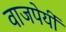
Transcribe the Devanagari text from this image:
वाजपेयीं